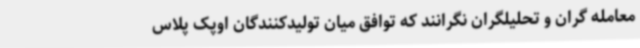
معامله گران و تحلیلگران نگرانند که توافق میان تولیدکنندگان اوپک پلاس